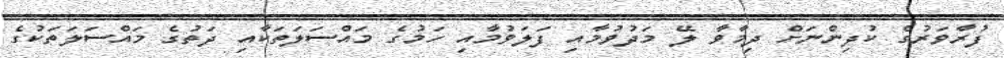
ފުރާވަރުގެ ކުދިންނަށް ދިމާވާ ލޭ މަދުވުމާއި ފަލަވުމާއި ހަމުގެ މައްސަލަތަކާއި ދަތުގެ މައްސަލަތަކުގެ